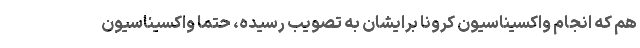
هم که انجام واکسیناسیون کرونا برایشان به تصویب رسیده، حتما واکسیناسیون